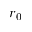
r _ { 0 }